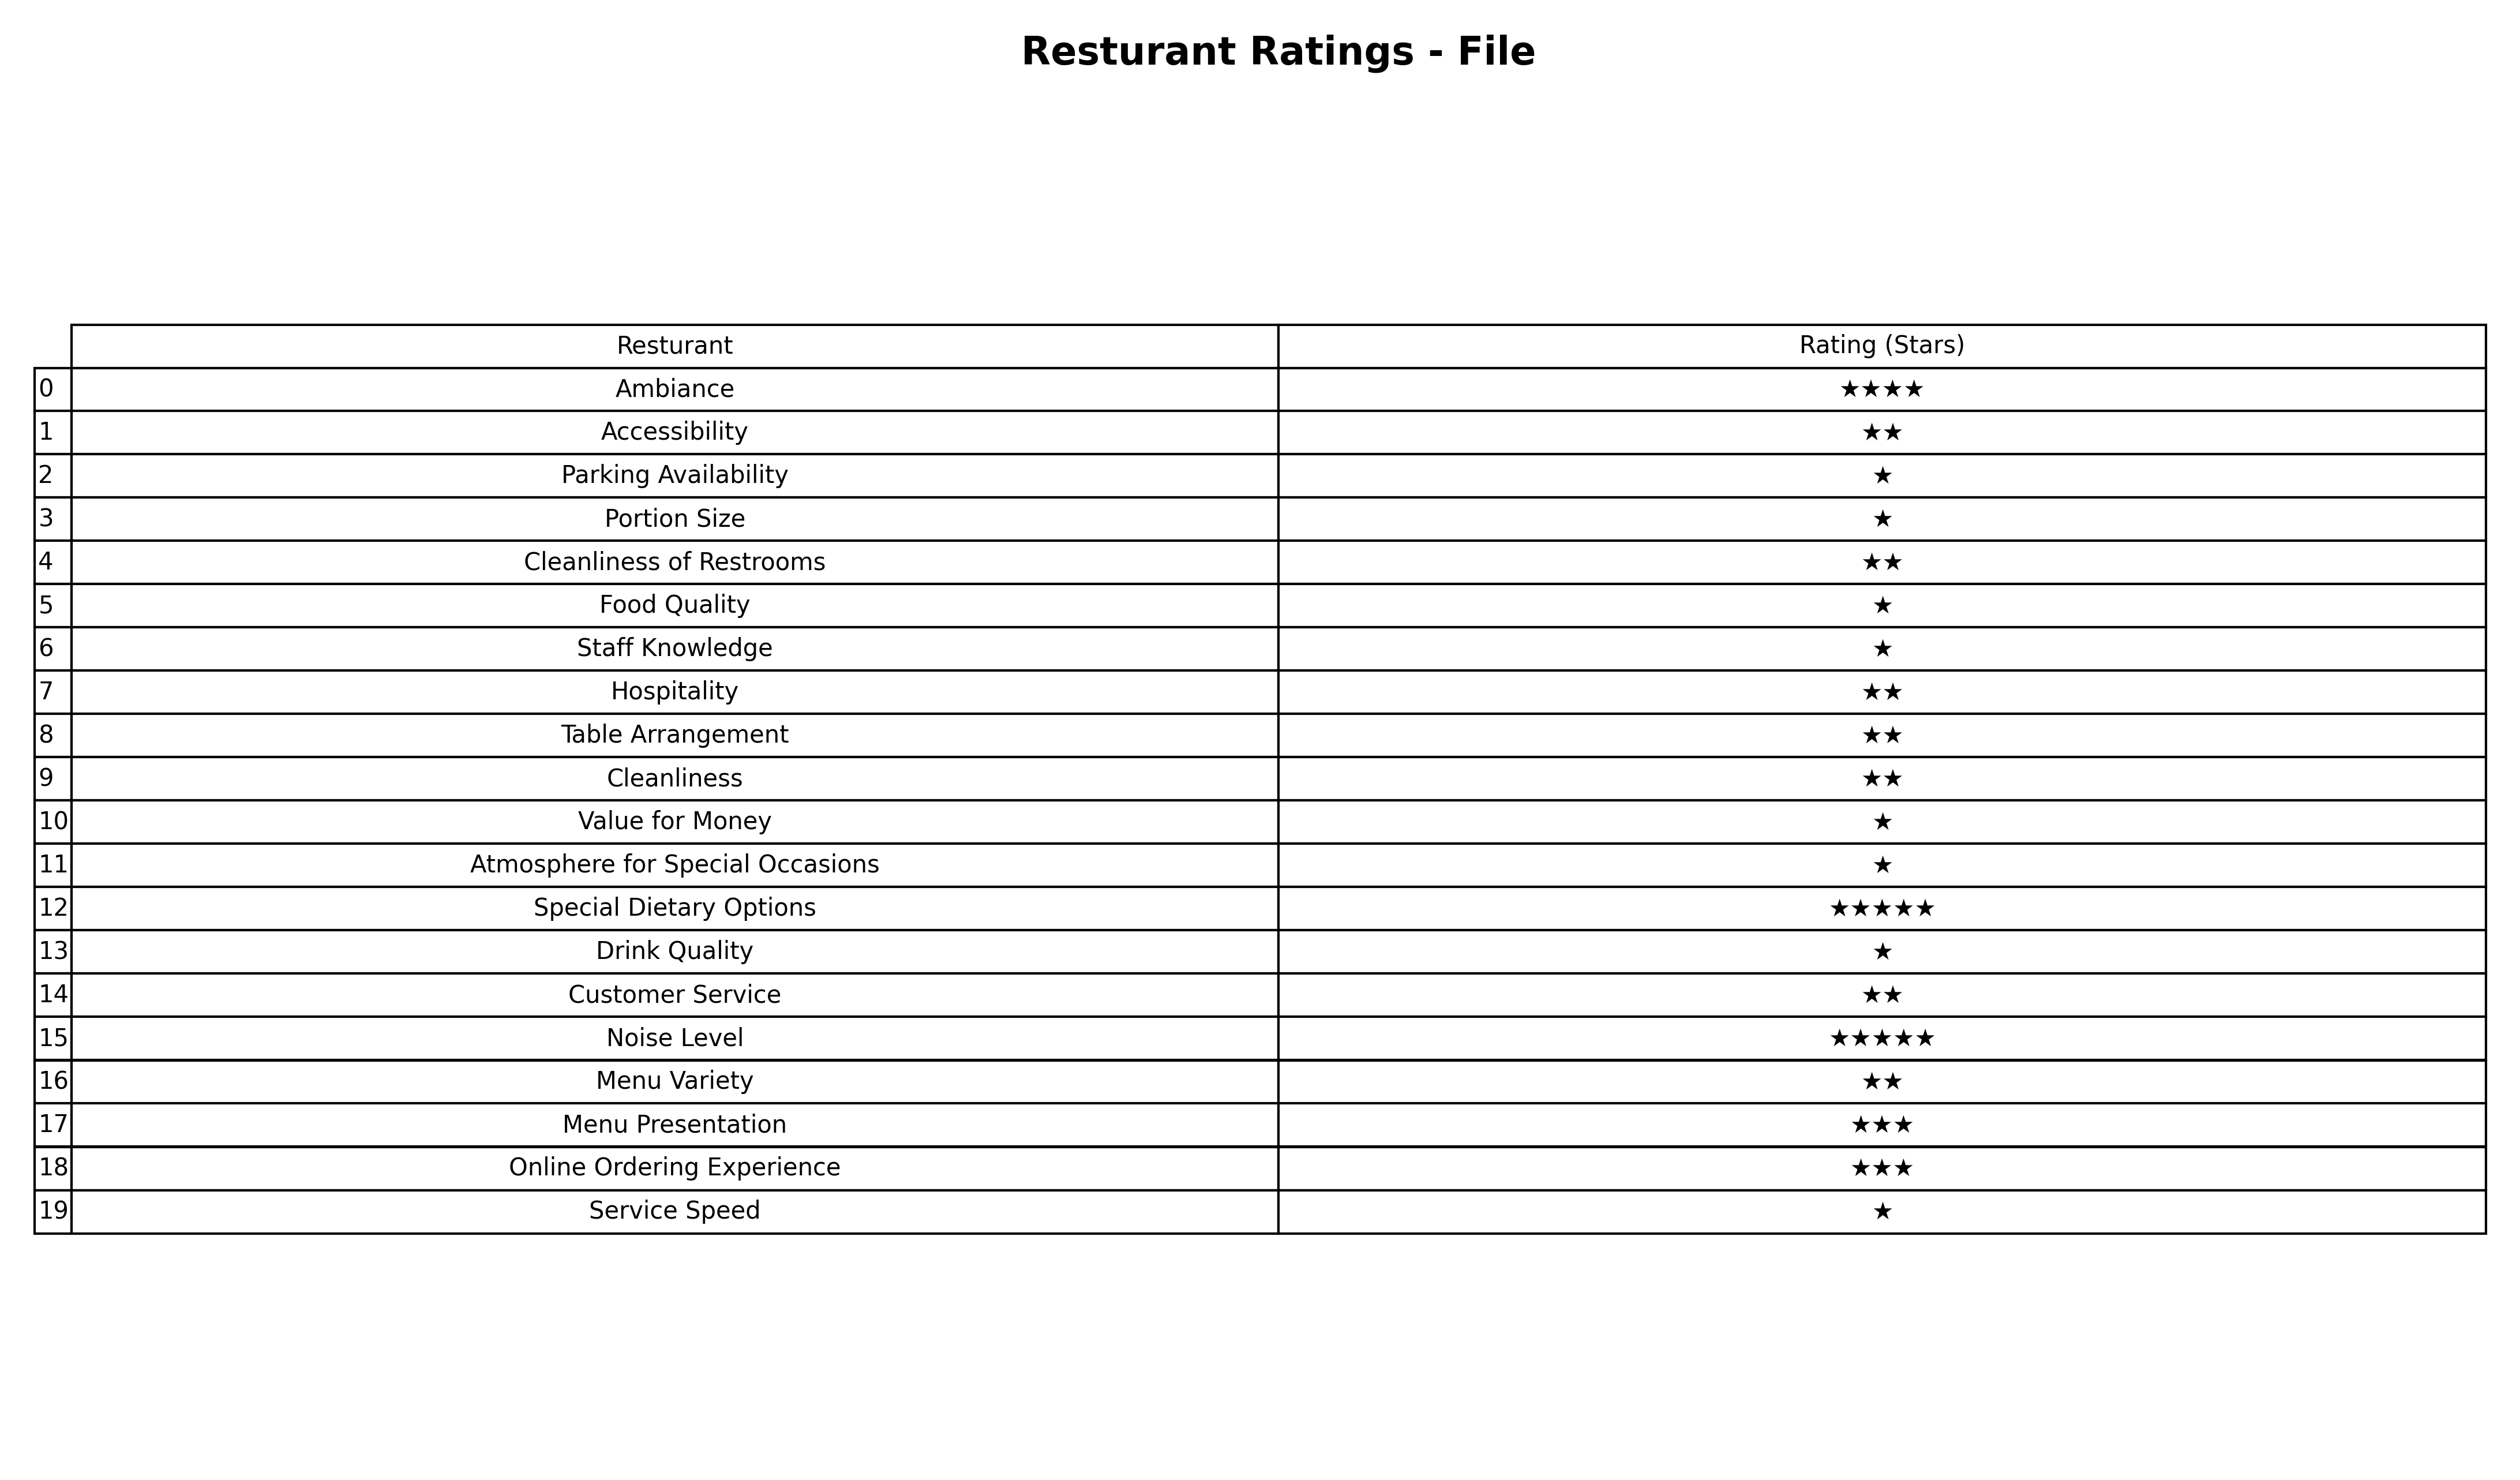
question: What is the rating of Drink Quality?
answer: ★